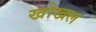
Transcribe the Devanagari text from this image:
खोखल